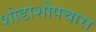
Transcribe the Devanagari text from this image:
शोडाशोपचारा